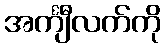
အင်္ကျီလက်ကို